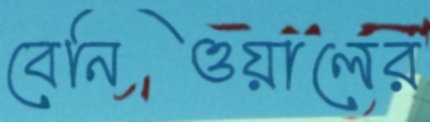
বেনিওয়ালের